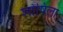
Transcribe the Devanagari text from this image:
शोषिला